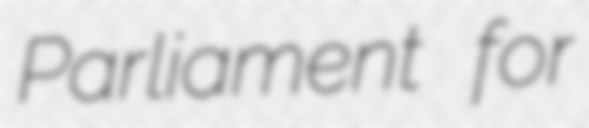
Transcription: Parliament for